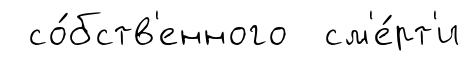
со́бств'енного см'е́рт'и